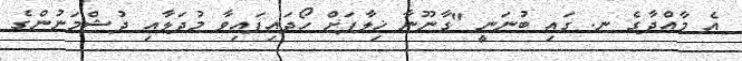
އެ މާއްދާގެ ނ. ގައި ބުނަނީ "ގާނޫނާ ޚިލާފަށް ހޯދައިފައިވާ މުދަލާއި ދުޝްމަނުންގެ